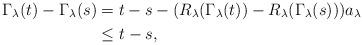
LaTeX: \begin{align*}\Gamma_\lambda(t) - \Gamma_\lambda(s) &= t-s -(R_\lambda(\Gamma_\lambda(t)) - R_\lambda(\Gamma_\lambda(s))) a_\lambda\\ & \leq t-s, \end{align*}